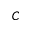
C